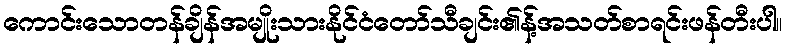
ကောင်းသောတန်ချိန်အမျိုးသားနိုင်ငံတော်သီချင်း၏န့်အသတ်စာရင်းဖန်တီးပါ။